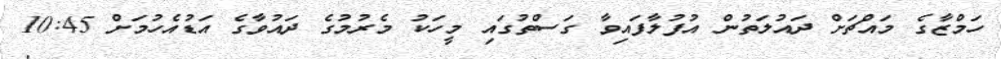
ހަމްޒާގެ މައްޗަށް ދައުލަތުން އުފުލާފައިވާ ގަސްތުގައި މީހަކު މެރުމުގެ ދައުވާގެ އަޑުއެހުމަށް 10:45